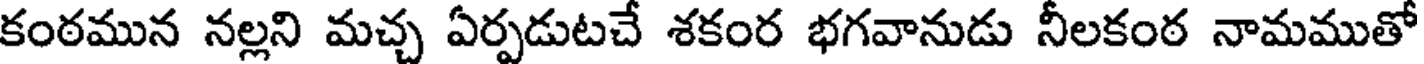
కంఠమున నల్లని మచ్చ ఏర్పడుటచే శకంర భగవానుడు నీలకంఠ నామముతో